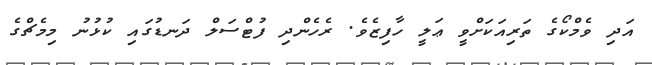
އަދި ވެމްކޯގެ ތަރިއަކަށްވީ ޢަލީ ހާފިޒެވެ. ރެހެންދި ފުޓްސަލް ދަނޑުގައި ކުޅުނު މިމެޗްގެ